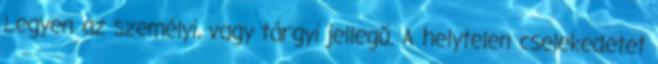
Legyen az személyi, vagy tárgyi jellegű. A helytelen cselekedetet